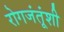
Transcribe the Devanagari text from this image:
रोगजंतूंशी